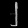
Digit: ၂